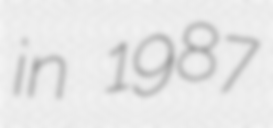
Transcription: in 1987